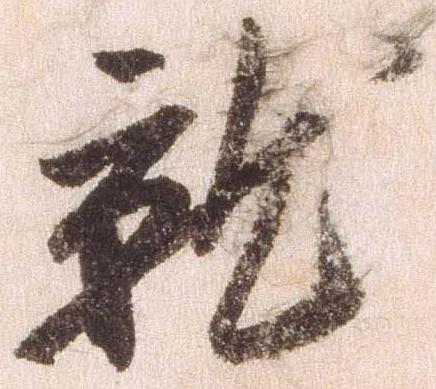
就